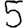
Digit: 5